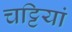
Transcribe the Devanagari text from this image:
चट्टियां